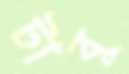
টাবু